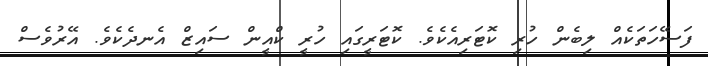
ފަސޭހަތަކެއް ލިބެން ހުރި ކޮޓަރިއެކެވެ. ކޮޓަރީގައި ހުރީ ކްއީން ސައިޒް އެނދެކެވެ. އޭރުވެސް